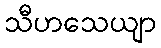
သီဟသေယျာ